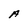
Character: A